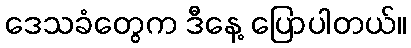
ဒေသခံတွေက ဒီနေ့ ပြောပါတယ်။